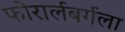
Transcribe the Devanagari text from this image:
फोरार्लबर्गला